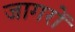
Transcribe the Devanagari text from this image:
जागरों